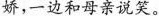
娇，一边和母亲说笑。